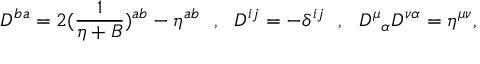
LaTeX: D ^ { b a } = 2 ( { \frac { 1 } { \eta + B } } ) ^ { a b } - \eta ^ { a b } \, \, \, \, , \, \, \, \, D ^ { i j } = - \delta ^ { i j } \, \, \, \, , \, \, \, \, { D ^ { \mu } } _ { \alpha } D ^ { \nu \alpha } = \eta ^ { \mu \nu } ,